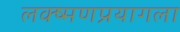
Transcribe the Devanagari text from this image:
लक्ष्मणप्रयागला